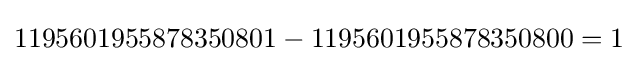
1195601955878350801-1195601955878350800=1